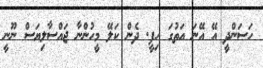
ހަސަންދީ އޭ އޭނަ އަތުގަ ހިފީ. ދެން ކަލޭ މީހުންނާ ޖައްސާލިޔަސް ނޫނީ